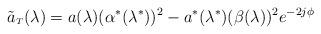
LaTeX: \begin{align*}\tilde{a}_{ \scriptscriptstyle T}(\lambda)= a(\lambda)(\alpha^*(\lambda^*))^2 - a^*(\lambda^*) (\beta(\lambda))^2 e^{-2j\phi}\end{align*}